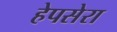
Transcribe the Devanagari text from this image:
हेपसेरा